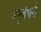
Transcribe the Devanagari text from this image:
धनुर्बधनी